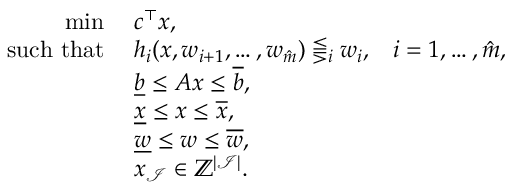
\begin{array} { r l r } { \operatorname* { m i n } \; } & { c ^ { \top } x , } \\ { \mathrm { s u c h \ t h a t } \; } & { h _ { i } ( x , w _ { i + 1 } , \ldots , w _ { \hat { m } } ) \lesseqgtr _ { i } w _ { i } , } & { i = 1 , \ldots , \hat { m } , } \\ & { \underline { { b } } \leq A x \leq \overline { { b } } , } \\ & { \underline { { x } } \leq x \leq \overline { { x } } , } \\ & { \underline { { w } } \leq w \leq \overline { { w } } , } \\ & { x _ { \mathcal { I } } \in \mathbb { Z } ^ { \vert \mathcal { I } \vert } . } \end{array}